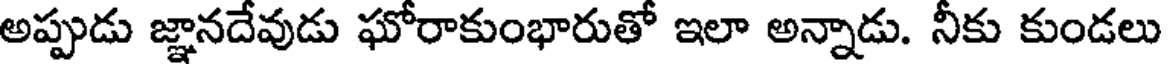
అప్పుడు జ్ఞానదేవుడు ఘోరాకుంభారుతో ఇలా అన్నాడు. నీకు కుండలు